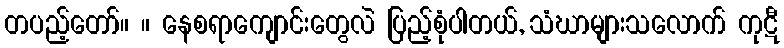
တပည့်တော်။ ။ နေစရာကျောင်းတွေလဲ ပြည့်စုံပါတယ်, သံဃာများသလောက် ကုဋီ